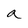
Character: a